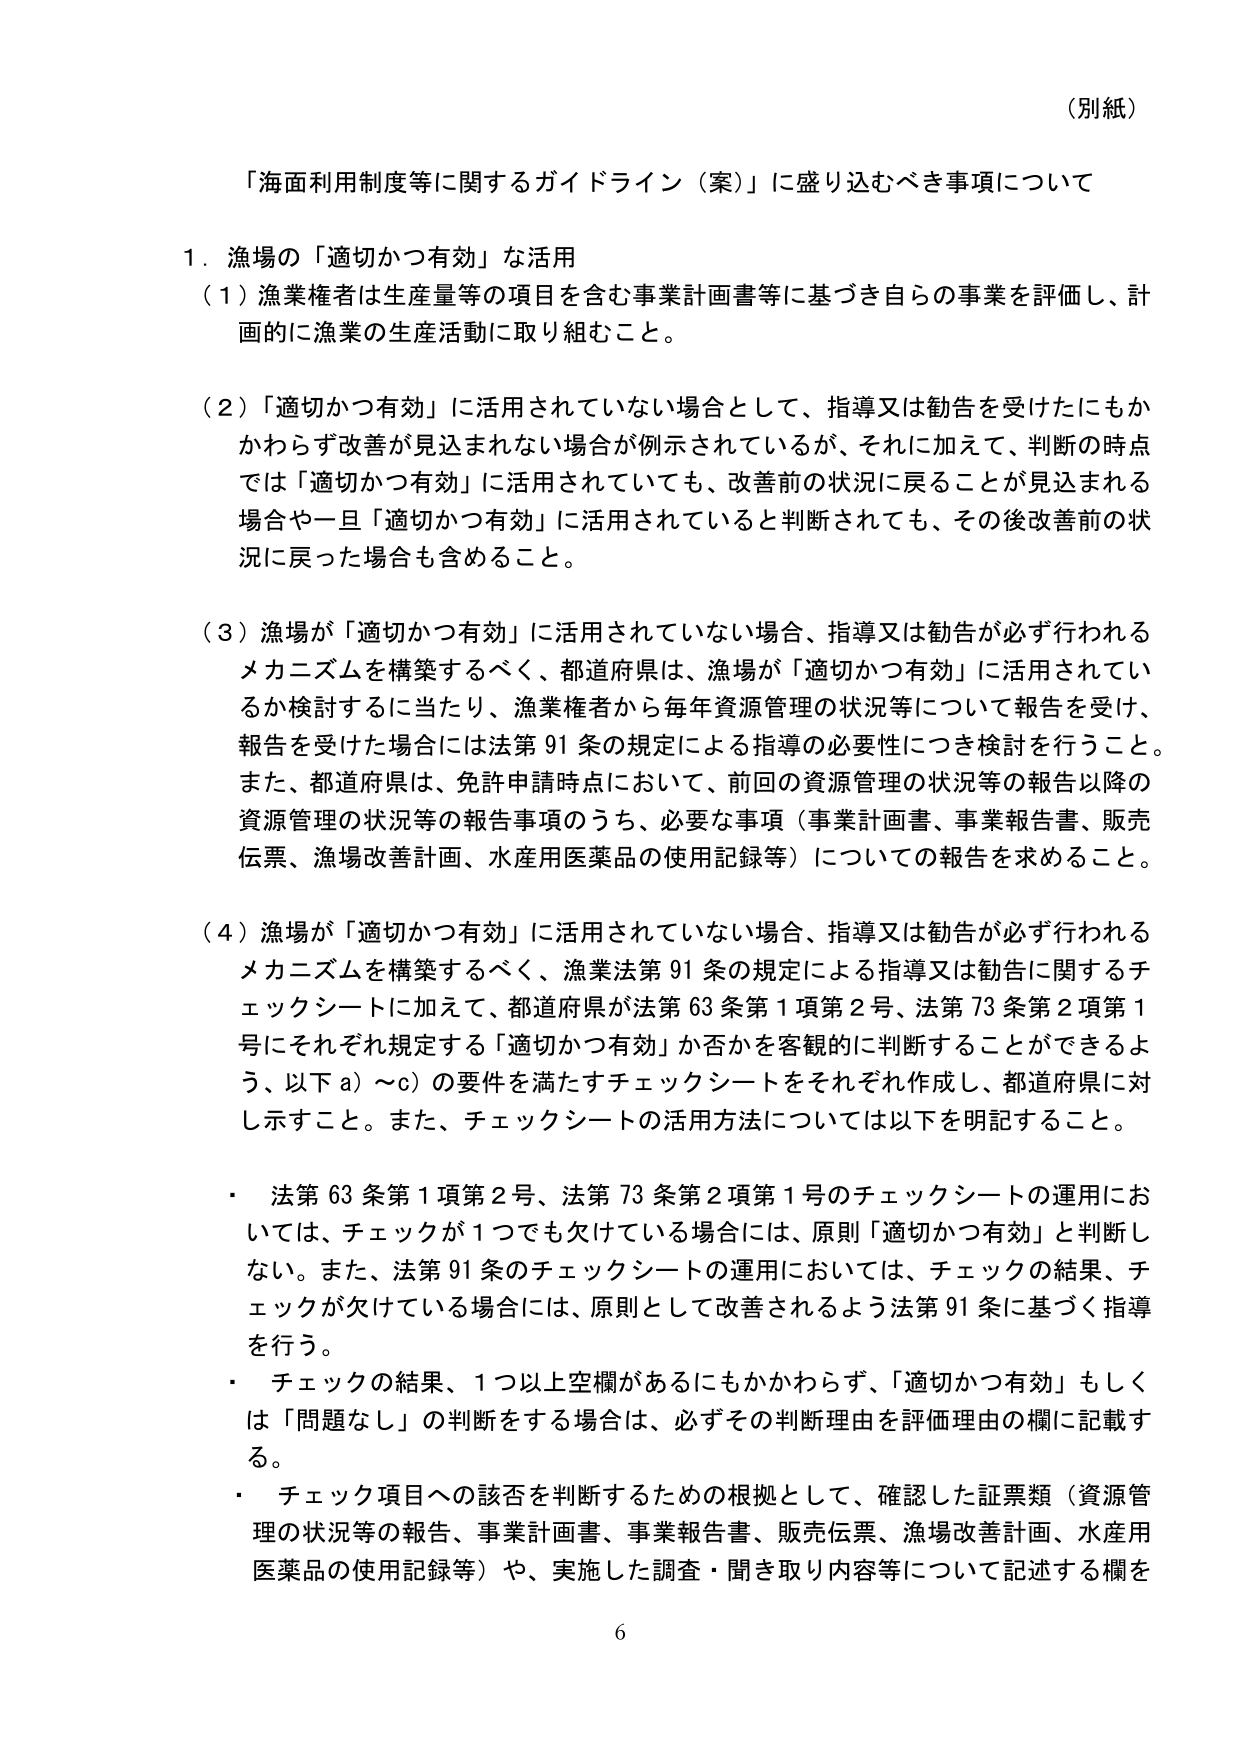
（別紙）

「海面利用制度等に関するガイドライン（案）」に盛り込むべき事項について

１．漁場の「適切かつ有効」な活用

（１）漁業権者は生産量等の項目を含む事業計画書等に基づき自らの事業を評価し、計画的に漁業の生産活動に取り組むこと。

（２）「適切かつ有効」に活用されていない場合として、指導又は勧告を受けたにもかかわらず改善が見込まれない場合が例示されているが、それに加えて、判断の時点では「適切かつ有効」に活用されていても、改善前の状況に戻ることが見込まれる場合や一旦「適切かつ有効」に活用されていると判断されても、その後改善前の状況に戻った場合も含めること。

（３）漁場が「適切かつ有効」に活用されていない場合、指導又は勧告が必ず行われるメカニズムを構築するべく、都道府県は、漁場が「適切かつ有効」に活用されているか検討するに当たり、漁業権者から毎年資源管理の状況等について報告を受け、報告を受けた場合には法第91条の規定による指導の必要性につき検討を行うこと。また、都道府県は、免許申請時点において、前回の資源管理の状況等の報告以降の資源管理の状況等の報告事項のうち、必要な事項（事業計画書、事業報告書、販売伝票、漁場改善計画、水産用医薬品の使用記録等）についての報告を求めること。

（４）漁場が「適切かつ有効」に活用されていない場合、指導又は勧告が必ず行われるメカニズムを構築するべく、漁業法第91条の規定による指導又は勧告に関するチェックシートに加えて、都道府県が法第63条第1項第2号、法第73条第2項第1号にそれぞれ規定する「適切かつ有効」か否かを客観的に判断することができるよう、以下a）～c）の要件を満たすチェックシートをそれぞれ作成し、都道府県に対し示すこと。また、チェックシートの活用方法については以下を明記すること。

・ 法第63条第1項第2号、法第73条第2項第1号のチェックシートの運用においては、チェックが1つでも欠けている場合には、原則「適切かつ有効」と判断しない。また、法第91条のチェックシートの運用においては、チェックの結果、チェックが欠けている場合には、原則として改善されるよう法第91条に基づく指導を行う。

・ チェックの結果、1つ以上空欄があるにもかかわらず、「適切かつ有効」もしくは「問題なし」の判断をする場合は、必ずその判断理由を評価理由の欄に記載する。

・ チェック項目への該否を判断するための根拠として、確認した証票類（資源管理の状況等の報告、事業計画書、事業報告書、販売伝票、漁場改善計画、水産用医薬品の使用記録等）や、実施した調査・聞き取り内容等について記述する欄を

6